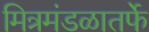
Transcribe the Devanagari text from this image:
मित्रमंडळातर्फे